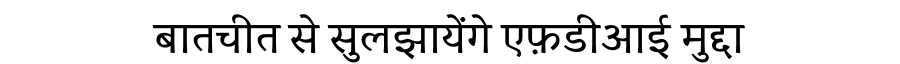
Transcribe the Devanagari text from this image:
बातचीत से सुलझायेंगे एफ़डीआई मुद्दा